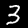
Digit: 3